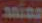
معتمد